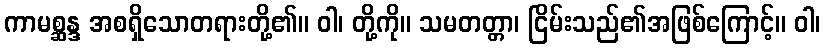
ကာမစ္ဆန္ဒ အစရှိသောတရားတို့၏။ ဝါ၊ တို့ကို။ သမတတ္တာ၊ ငြိမ်းသည်၏အဖြစ်ကြောင့်။ ဝါ၊